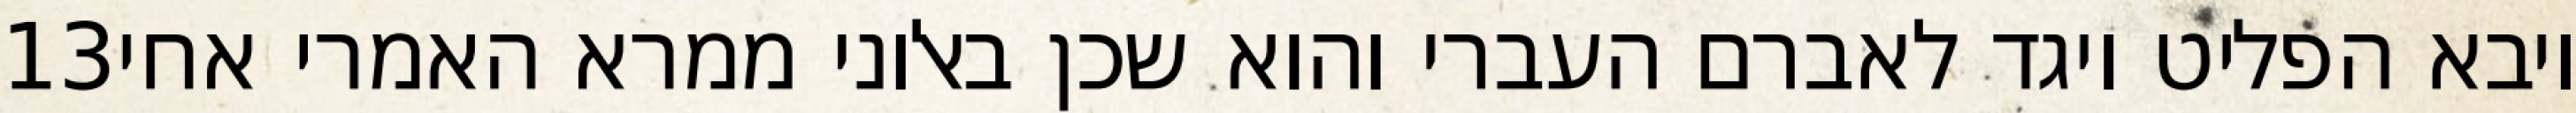
‎13‏ ויבא הפליט ויגד לאברם העברי והוא שכן באלוני ממרא האמרי אחי